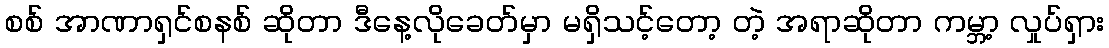
စစ် အာဏာရှင်စနစ် ဆိုတာ ဒီနေ့လိုခေတ်မှာ မရှိသင့်တော့ တဲ့ အရာဆိုတာ ကမ္ဘာ့ လှုပ်ရှား